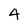
Character: 4